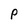
Character: P